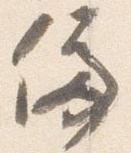
停